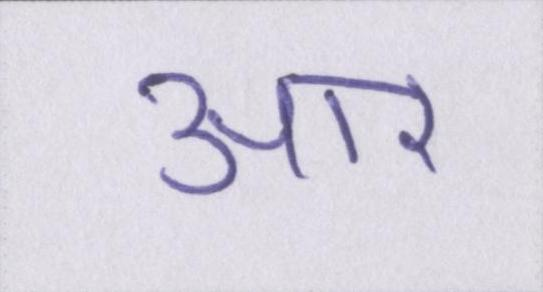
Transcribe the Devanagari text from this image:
आर